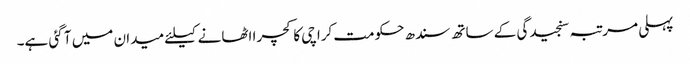
پہلی مرتبہ سنجیدگی کے ساتھ سندھ حکومت کراچی کا کچرا اٹھانے کیلئے میدان میں آ گئی ہے۔